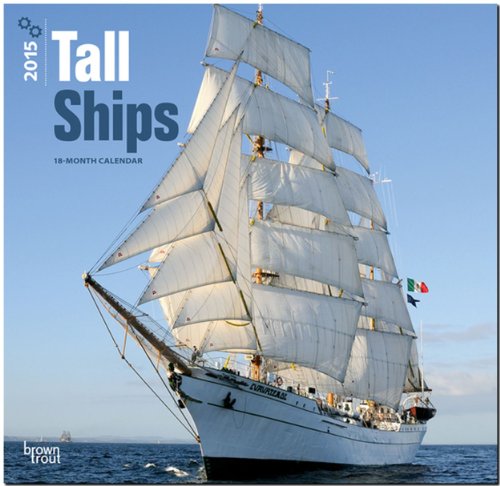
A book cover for Tall Ships 2015 Square 12x12; BrownTrout; Calendars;